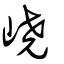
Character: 嶢